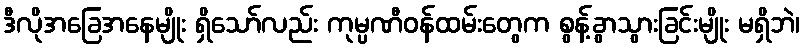
ဒီလိုအခြေအနေမျိုး ရှိသော်လည်း ကုမ္ပဏီဝန်ထမ်းတွေက စွန့်ခွာသွားခြင်းမျိုး မရှိဘဲ၊